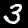
Digit: 3